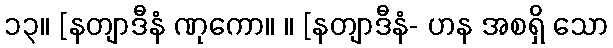
၁၃။ [နတျာဒီနံ ဏုကော။ ။ [နတျာဒီနံ- ဟန အစရှိ သော